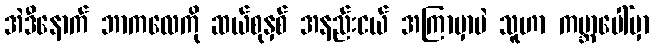
အဲဒီနောက် ဘာကလေကို ဆယ်စုနှစ် အနည်းငယ် အကြာမှာပဲ သူဟာ ကမ္ဘာပေါ်မှာ